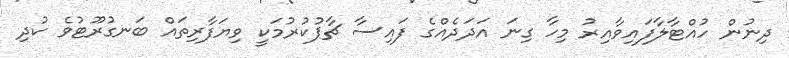
ދިނުން ހުއްޓާލާފައިވާއިރު މިހާ ގިނަ އަދަދެއްގެ ފައިސާ ޗާޕުކުރުމަކީ ވިޔަފާރިތައް ބަނގުރޫޓުވެ ކުދި